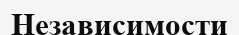
Независимости